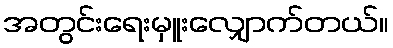
အတွင်းရေးမှူးလျှောက်တယ်။